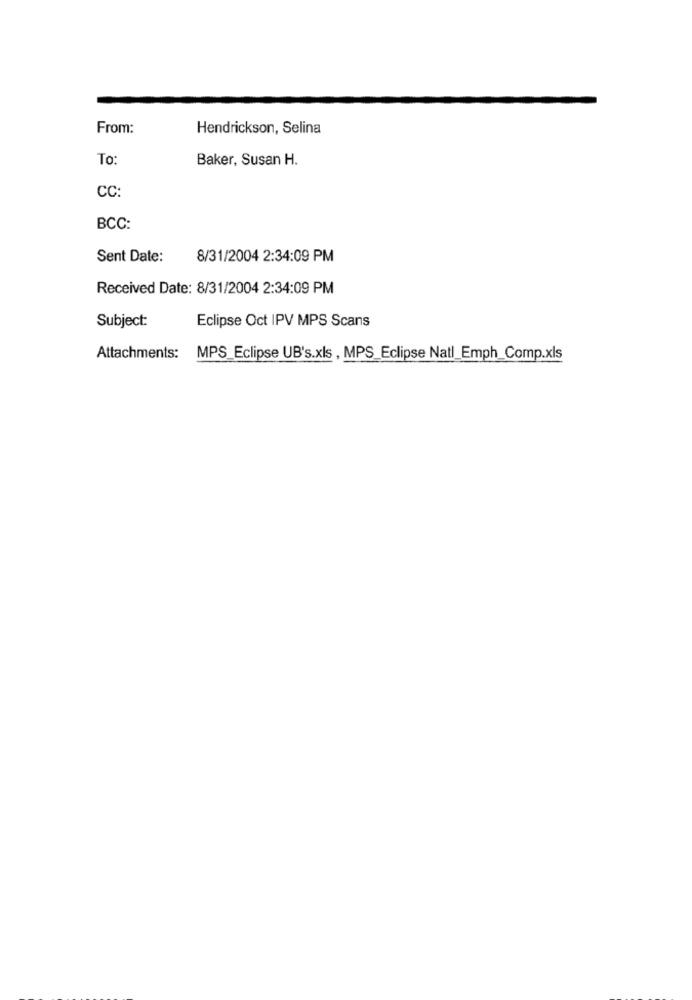
From:
Hendrickson, Selina
To:
Baker, Susan H.
CC:
BCC:
Sent Date:
8/31/2004 2:34:09 PM
Received Date: 8/31/2004 2:34:09 PM
Subject:
Eclipse Oct IPV MPS Scans
Attachments:
MPS_Eclipse UB's.xls , MPS_Eclipse Natl_Emph_Comp.xls